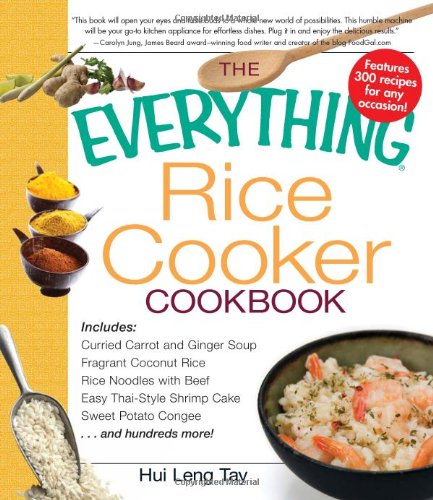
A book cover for The Everything Rice Cooker Cookbook (Everything (Cooking)); Hui Leng Tay; Cookbooks, Food & Wine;